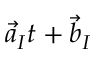
\vec { a } _ { I } t + \vec { b } _ { I }